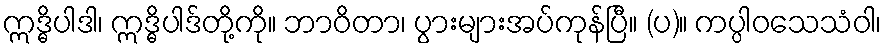
ဣဒ္ဓိပါဒါ၊ ဣဒ္ဓိပါဒ်တို့ကို။ ဘာဝိတာ၊ ပွားများအပ်ကုန်ပြီ။ (ပ)။ ကပ္ပါဝသေသံဝါ၊